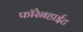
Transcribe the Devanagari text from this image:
फॉरेनहाईट